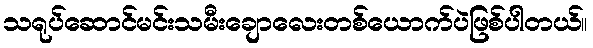
သရုပ်ဆောင်မင်းသမီးချောလေးတစ်ယောက်ပဲဖြစ်ပါတယ်။